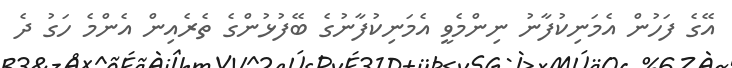
އޭގެ ފަހުން އެމަނިކުފާނު ނިންމެވީ އެމަނިކުފާނުގެ ބޭފުޅުންގެ ތެރެއިން އެންމެ ހަގު ދެ